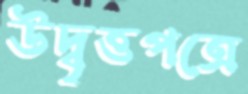
উদ্বৃত্তপত্রে